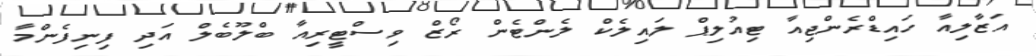
އަޒާލިއާ ހައިޑްރެންޖިއާ ޓިއުލިޕް ލައިލެކް ލެންޓެން ރޯޒް ވިސްޓީރިއާ ބްލޫބެލް އަދި ފިނިފެންމާ